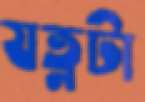
যত্নটা